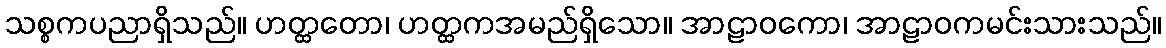
သစ္စကပညာရှိသည်။ ဟတ္ထတော၊ ဟတ္ထကအမည်ရှိသော။ အာဠာဝကော၊ အာဠာဝကမင်းသားသည်။